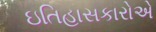
ઇતિહાસકારોએ